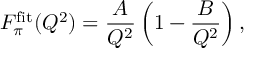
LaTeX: F _ { \pi } ^ { \mathrm { f i t } } ( Q ^ { 2 } ) = \frac { A } { Q ^ { 2 } } \left( 1 - \frac { B } { Q ^ { 2 } } \right) ,